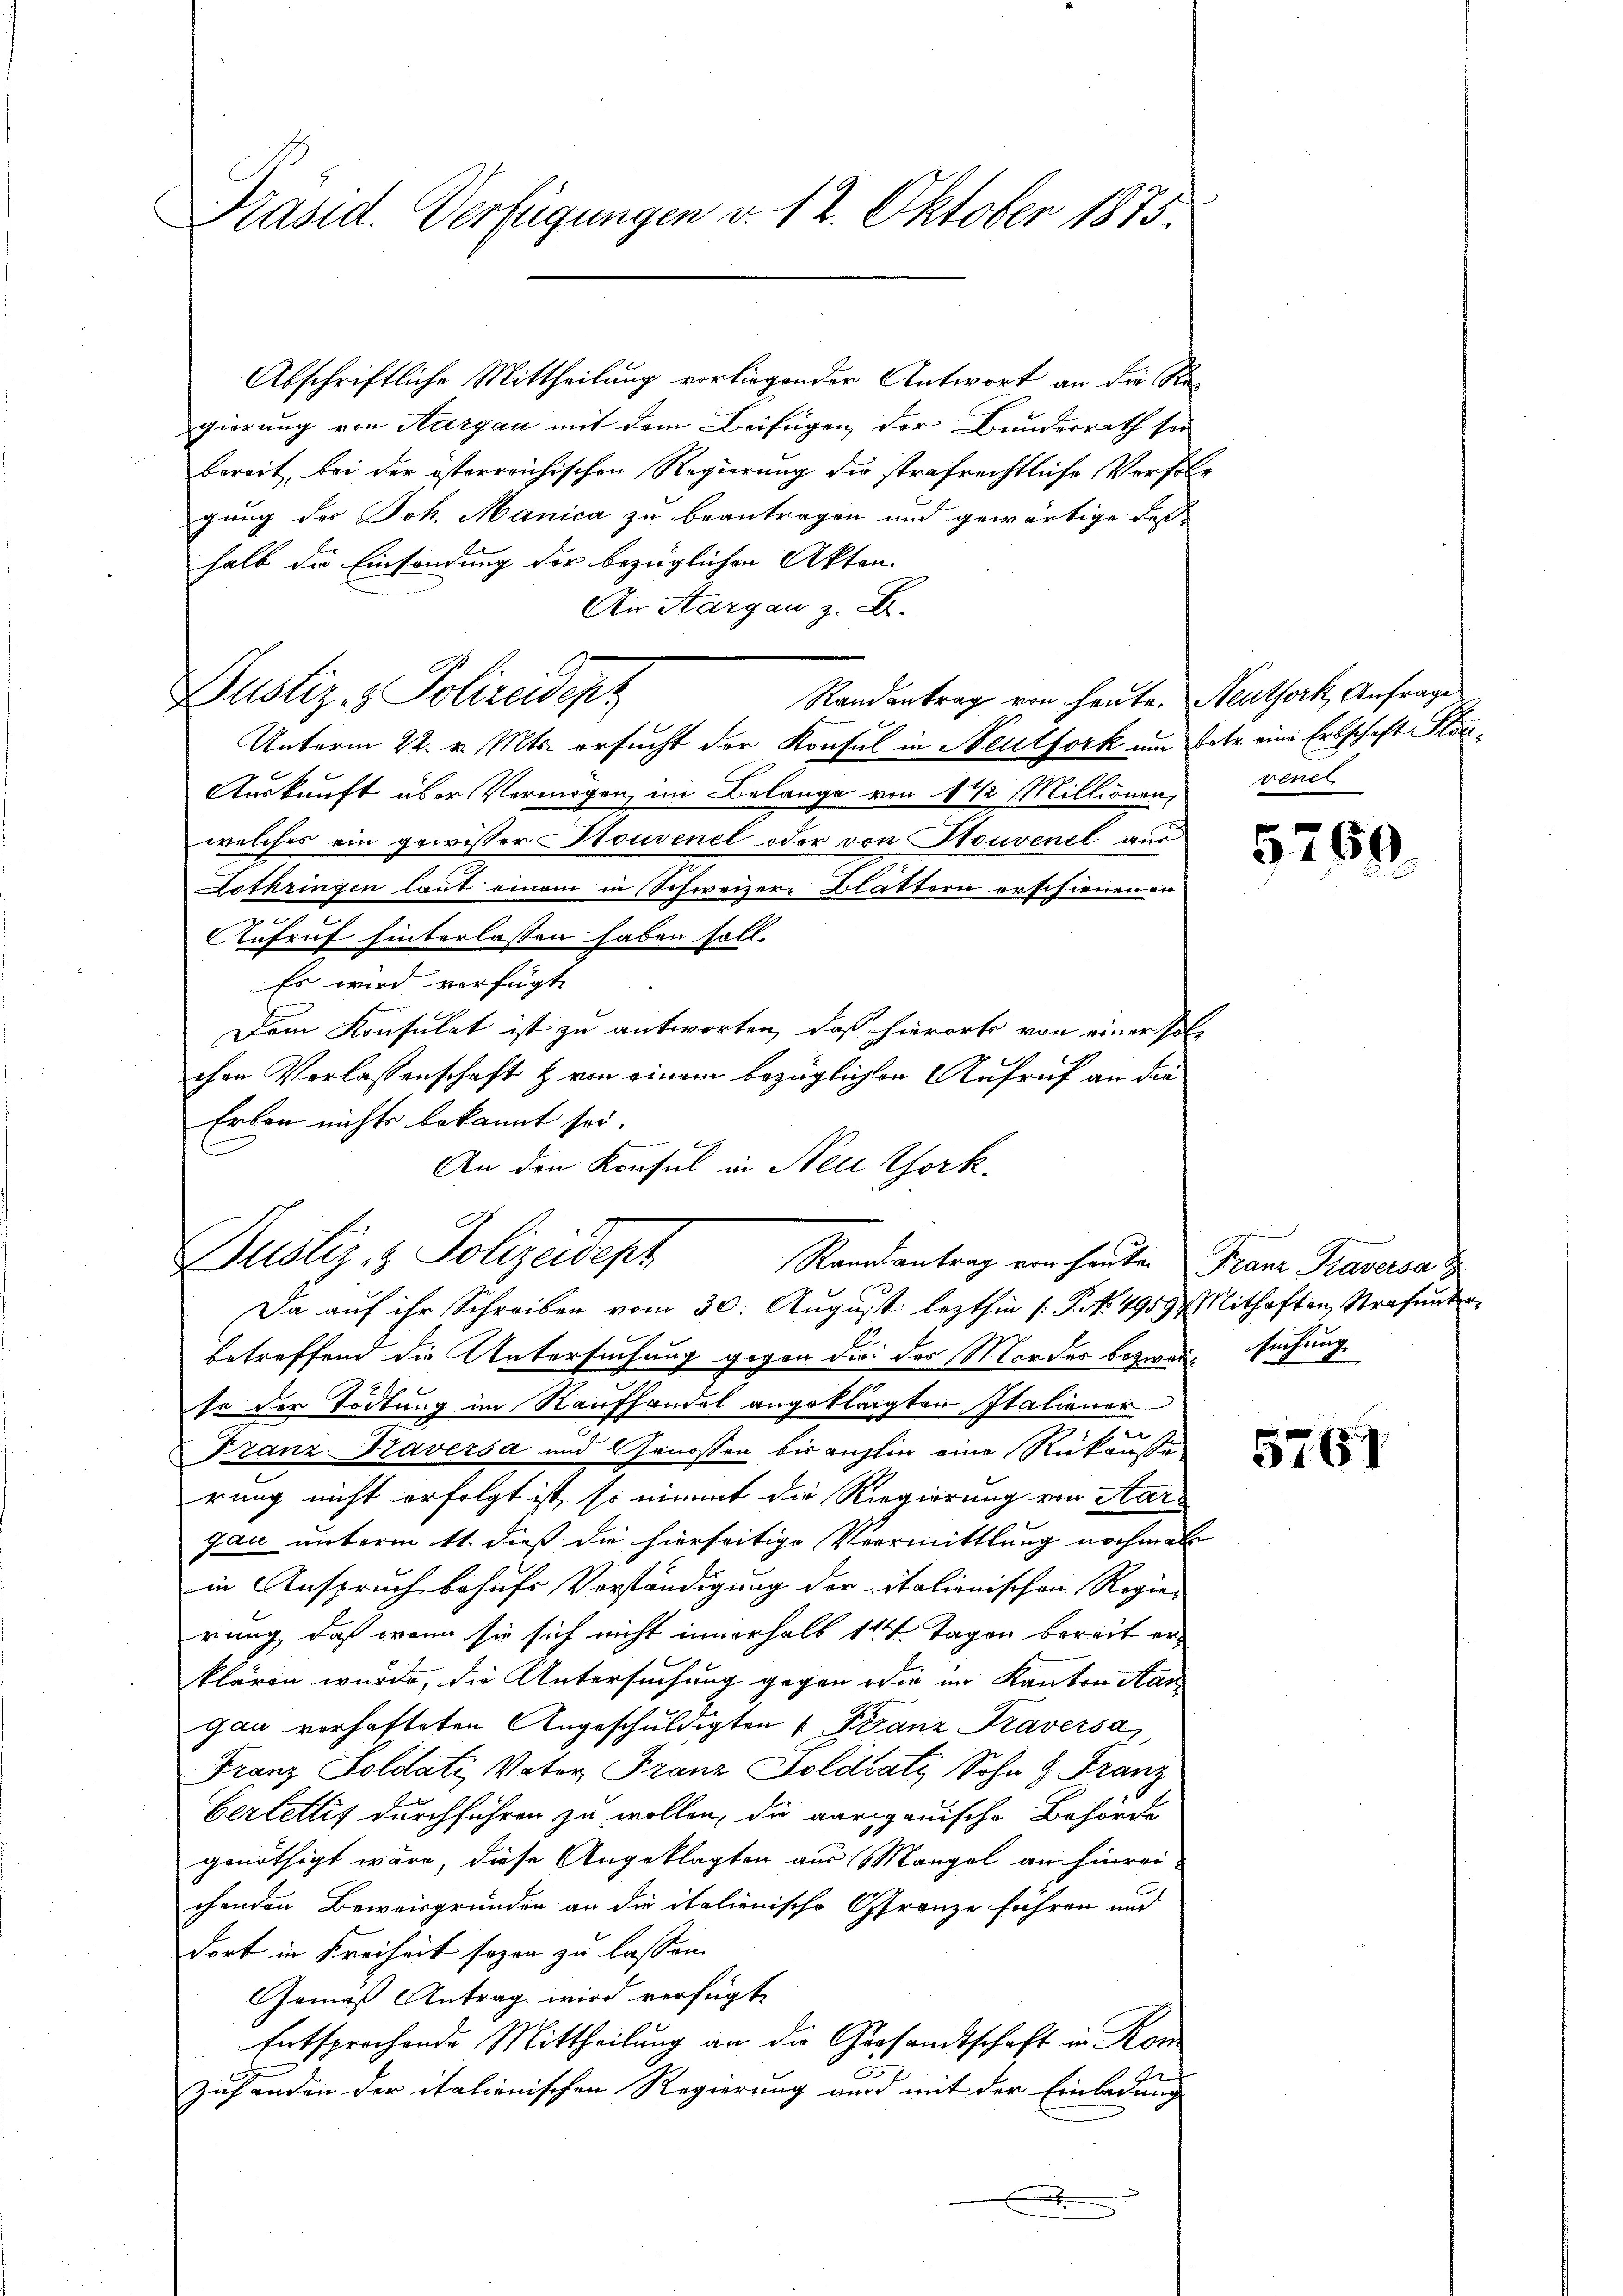
Präsid. Verfügungen v. 12. Oktober 1875.

Abschriftliche Mittheilung vorliegender Antwort an die Regierung von Aargau mit dem Beifügen, der Bundesrath sei
bereit, bei der österreichischen Regierung die strafrechtliche Verfolg
gung des Joh. Manica zu beantragen und gewärtige Faßhalb die Einsendung der bezüglichen Akten.
An Aargau z. B.
Randantrag von heute. Neuthork, Anfrages
Unterm 22. v. Mts. ersucht der Konsul in Neutfork um Betr. eine Erbschaft Kon¬
Auskunft über Vermögen, im Belange von 1 1/2 Millionen,
welches ein gewisser Stouvenel oder von Souvenel aus
Lothringen laut einem in Schweizer-Blättern erschienen en

Aufruf hinterlassen haben soll.
Es wird verfügt
Dem Konsulat ist zu antworten, daß hierorts von einer solchen Verlassenschaft & von einem bezüglichen Aufruf an die
Erbor nichts bekannt sei.
(
An den Konsul in Neue Chork¬

Justiz- & Polizeidepz

Justiz- & Polizeidenz
Ranalantrag von heute Franz Praversa

Da auf ihr Schreiben vom 30. August lezthin (P. No. 49597 Mithaften Strafunte
betreffend die Untersuchung gegen die des Mordes bezwei, suchung
so der Tödtung im Raufhandel angeklagten Italiener
Franz Kaversa und Genossen bis aufhin eine Rükäuße
rung nicht erfolgt ist, so nimmt die Regierung von Aar-
gau unterm 11. daß die hierseitige Vermittlung nochmale
in Anspruch behufs Vorständigung der italionischen Regie-
rung, daß wenn sie sich nicht innerhalb 14 Tagen bereit erklären wurde, die Untersuchung gegen oder im Kanton Man
gau verhafteten Angeschuldigten 4 Franz Praversa
Franz Soldati, Vater Franz Soldati Sohn & Franz
Certellis durchführen zu wollen, die aargauische Behörde
genöthigt wäre, diese Angeklagten aus Mangel an hinrei
chenden Beweisgründen an die italienische Grenze führen und
dort in Freiheit sezen zu lassen.
Gemäß Antrag wird verfügt
Entsprochende Mittheilung an die Gersandtschaft in Kon
zuhanden der italienischen Regierung wurd mit der Einladung
.

venet.

5269

5761